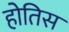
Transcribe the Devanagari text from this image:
होतिस